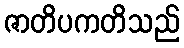
ဇာတိပကတိသည်